Annual administration report of the Civil Veterinary Department of India - 1894-1895
Year: 1894
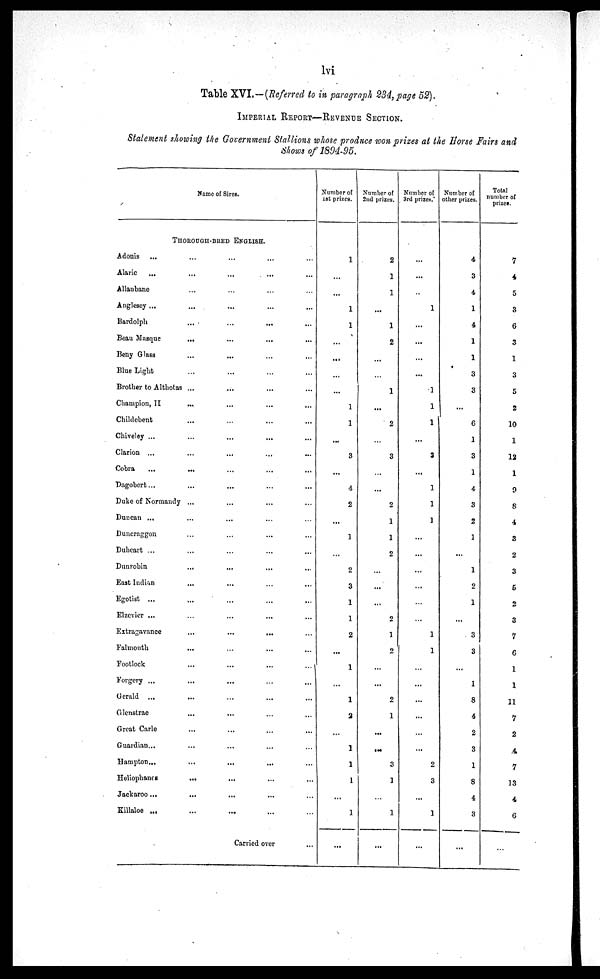
lvi
Table XVI.—(Referred to in paragraph 234, page 52).
IMPERIAL REPORT—REVENUE SECTION.
Statement showing the Government Stallions whose produce won prizes at the Horse Fairs and
Shows of 1894-95.
Name of Sires.
THOROUGH-BRED ENGLISH.
Adonis
...
...
... …
Alaric ...
...
...
...
...
Allanbane...
…
... …
Anglesey...
...
...
...
...
Bardolph
...
...
...
...
Beau Masque
...
...
...
...
Beny Glass
...
...
...
Blue Light
...
...
...
...
Brother to Althotas ...
...
...
...
Champion, II
...
...
...
...
Childebent
...
...
...
Chiveley ...
...
...
...
...
Clarion ...
...
...
...
...
Cobra
...
...
...
...
Dagobert ...
...
...
...
...
Duke of Normandy ...
...
...
...
Duncan ...
...
...
... …
Dunernggon
...
...
...
...
Duheart
...
...
...
...
...
Dunrobin
...
...
...
...
East Indian
...
...
…
...
Egotist ...
...
...
...
...
Elzevier ...
…
...
...
...
Extragavance
...
...
...
...
Falmouth
...
…
...
...
Footlock
...
...
...
...
Forgery ...
...
...
...
...
Gerald ...
...
...
...
...
Glenstrae
...
...
...
Great Carle
...
...
...
...
Guardian ...
...
...
... …
Hampton
...
...
...
...
...
Heliophanes
...
...
...
...
Jackaroo ...
...
...
...
...
Killaloe
....
... ... ... …
Carried over
...
Number of
1st prizes.
1
...
...
1
1
...
...
...
...
1
1
...
3
...
4
2
...
1
...
2
3
1
1
2
...
1
...
1
2
...
1
1
1
...
1
...
Number of
2nd prizes.
2
1
1
...
1
2
...
...
1
...
2
…
3
...
...
2
1
1
2
…
...
...
2
1
2
...
...
2
1
...
...
3
1
…
1
...
Number of
3rd prizes.
...
...
…
1
...
...
...
...
1
1
1
...
3
...
1
1
1
...
...
...
...
...
1
1
...
...
...
...
...
...
2
3
...
1
...
Number of
other prizes.
4
3
4
1
4
1
1
3
3
…
6
1
3
1
4
3
2
1
...
1
2
1
...
3
3
...
1
8
4
2
3
1
8
4
3
...
Total
number of
prizes.
7
4
5
3
6
3
1
3
5
2
10
1
12
1
9
8
4
3
2
3
5
2
3
7
6
1
1
11
7
2
4
7
13
4
6
…